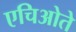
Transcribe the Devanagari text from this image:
एचिओते